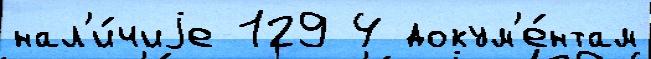
нал'и́чиjе 129 4 докум'е́нтам